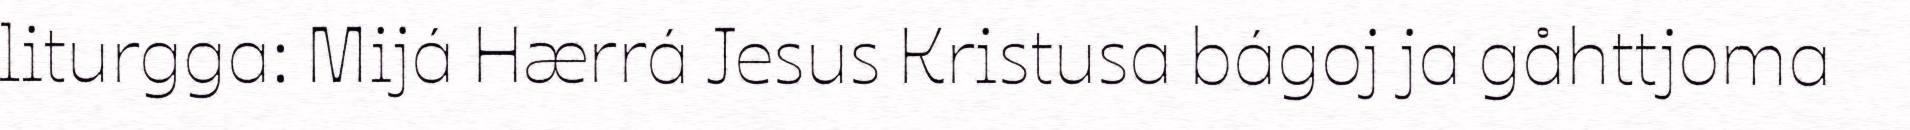
liturgga: Mijá Hærrá Jesus Kristusa bágoj ja gåhttjoma